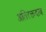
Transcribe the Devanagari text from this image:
अतिरक्तदाब